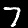
Label: 7